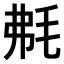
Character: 𣭘